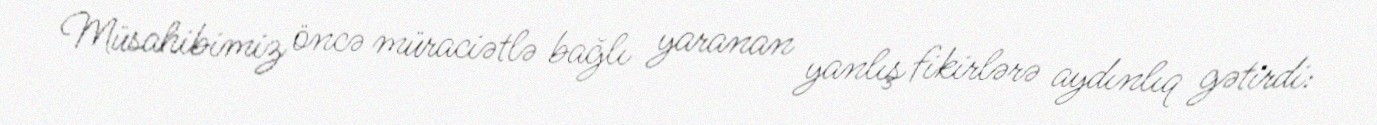
Müsahibimiz öncə müraciətlə bağlı yaranan yanlış fikirlərə aydınlıq gətirdi: